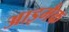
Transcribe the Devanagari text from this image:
आइमैक